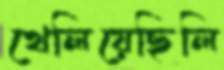
খেলিয়েছিলি